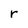
Character: r